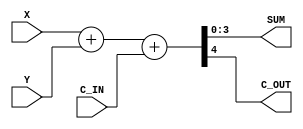
// Dataflow modeling
module fulladd4 (
  // Input, Output port 
  output wire [3:0] SUM,
  output wire C_OUT,
  input wire [3:0] X, Y,
  input wire C_IN
);
  //   
  assign { C_OUT , SUM } = X + Y + C_IN;
endmodule